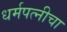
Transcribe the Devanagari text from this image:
धर्मपत्‍नीचा